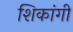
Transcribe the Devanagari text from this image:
शिकांगी